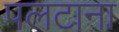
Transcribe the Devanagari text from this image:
पलटाना